Leningradi_Edasi_toimetus, lk 9
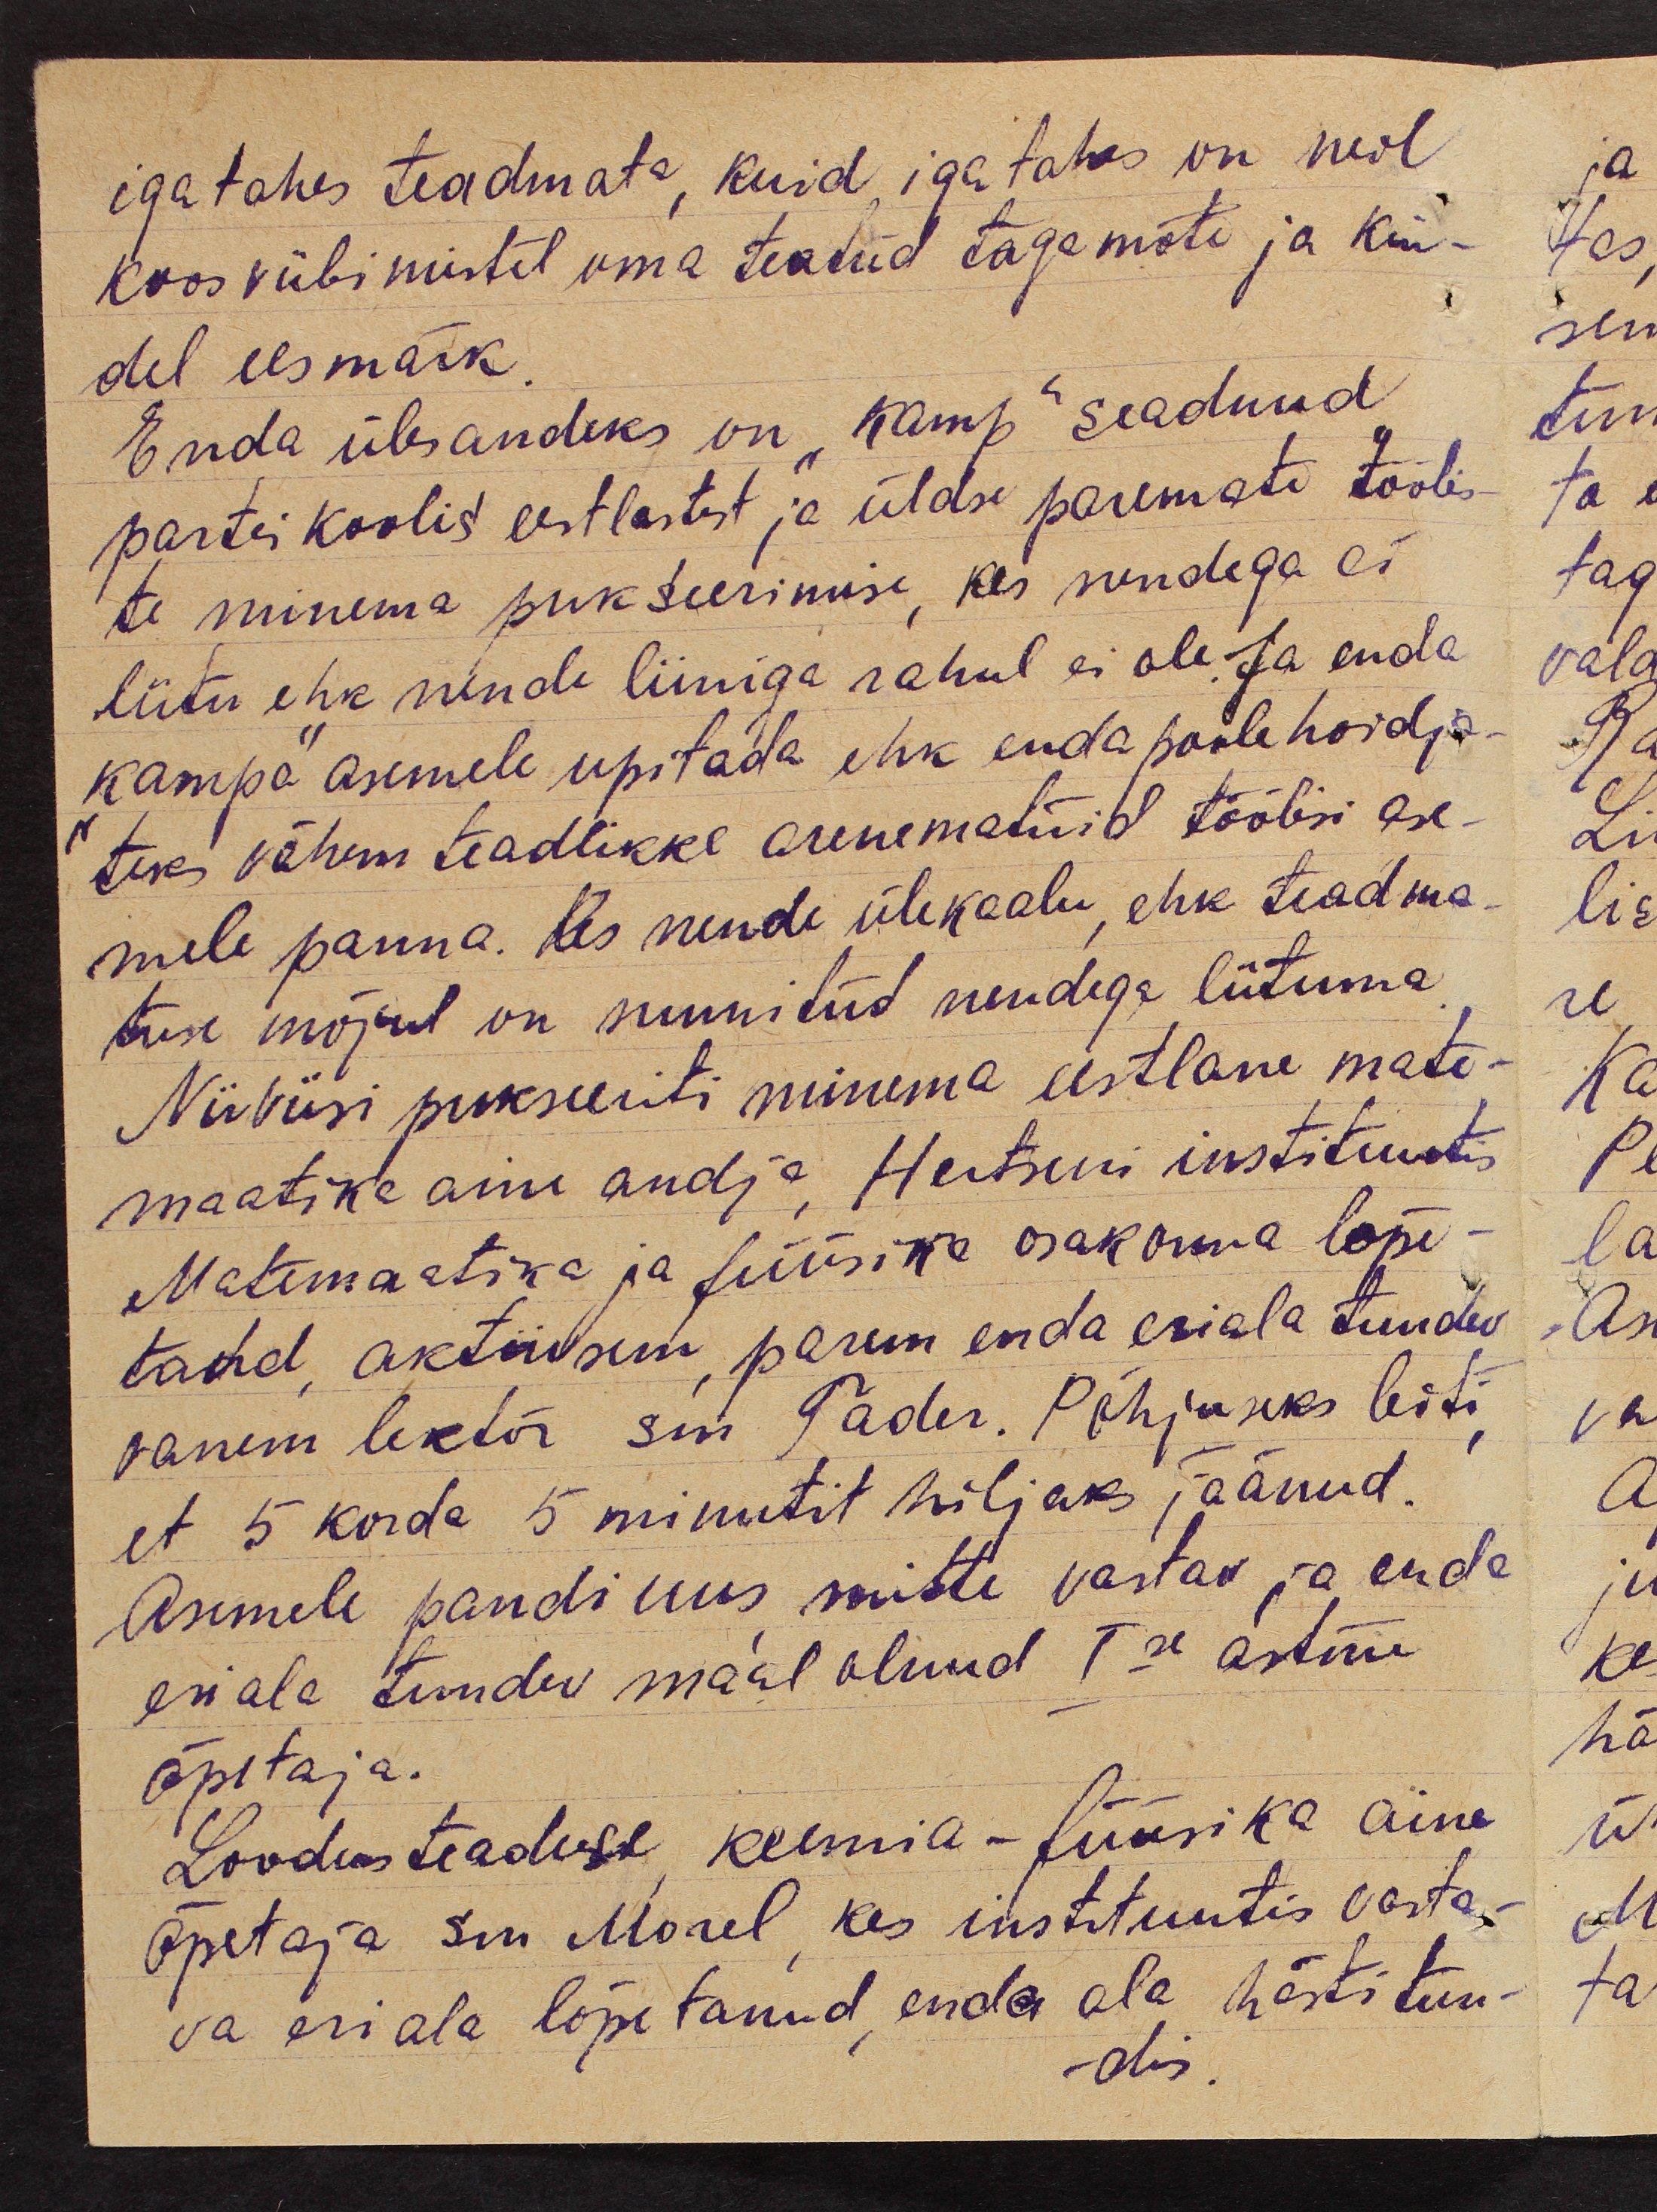
igatahes teadmata, kuid igatahes on neil
koosviibimistel oma teatud tagamõte ja kin-
del eesmärk.
Enda ülesandeks on "kamp" seadnud
parteikoolis eestlastest ja üldse paremate töölis-
te minema pukseerimise, kes nendega ei
liitu ehk nende liiniga rahul ei ole. Ja enda
"kampa" asemele upitada ehk enda poolehoidja-
teks vähem teadlikke arenematuid töölisi ase-
mele panna. Kes nende ülekaalu, ehk teadma-
tuse mõjul on sunnitud nendega liituma.
Niiviisi pukseeriti minema eestlane mate-
maatika aine andja, Hertseni instituutis
Matemaatika ja füüsika osakonna lõpe-
tand, aktiivsem, parem enda eriala tundev
vanem lektor sm Tader. Põhjuseks leiti,
et 5 korda 5 minutit hiljaks jäänud.
Asemele pandi uus, mitte vastav ja enda
eriala tundev maal olnud Ise astme
õpetaja.
Loodusteaduse, keemia-füüsika aine
õpetaja sm Morel, kes instituutis vasta-
va eriala lõpetanud, enda ala hästi tun-
dis.